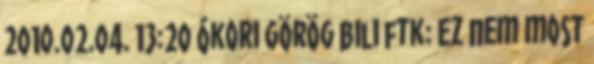
2010.02.04. 13:20 Ókori görög bili ftk: Ez nem most